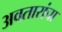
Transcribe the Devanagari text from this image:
अवतारांचा